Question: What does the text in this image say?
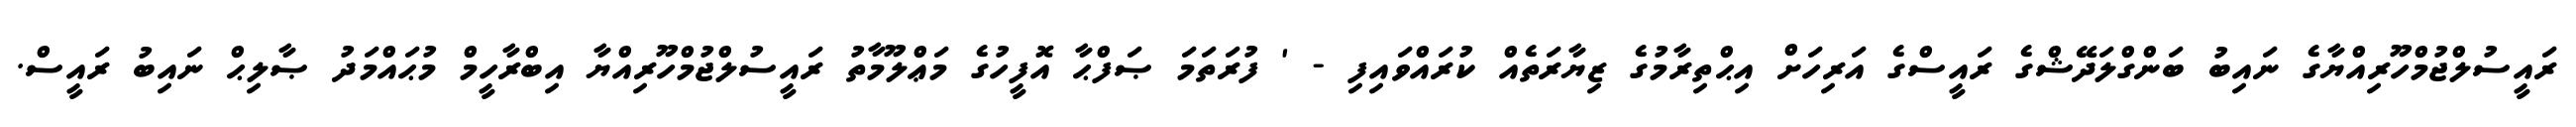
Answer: ރައީސުލްޖުމްހޫރިއްޔާގެ ނައިބު ބަންގްލަދޭޝްގެ ރައީސްގެ އަރިހަށް އިޙްތިރާމުގެ ޒިޔާރަތެއް ކުރައްވައިފި - ' ފުރަތަމަ ޞަފްޙާ އޮފީހުގެ މަޢްލޫމާތު ރައީސުލްޖުމްހޫރިއްޔާ އިބްރާހީމް މުޙައްމަދު ޞާލިޙް ނައިބު ރައީސް.